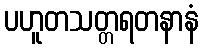
ပဟူတသတ္တရတနာနံ